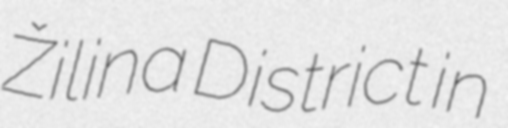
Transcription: Žilina District in